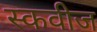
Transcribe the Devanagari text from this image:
स्कवीज